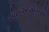
એનએએસએ